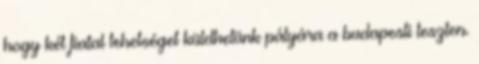
hogy két fiatal tehetséget küldhetünk pályára a budapesti teszten.